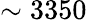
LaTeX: \sim 3350